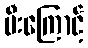
မီးကြောင့်